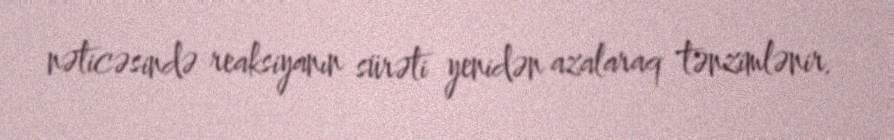
nəticəsində reaksiyanın sürəti yenidən azalaraq tənzimlənir.